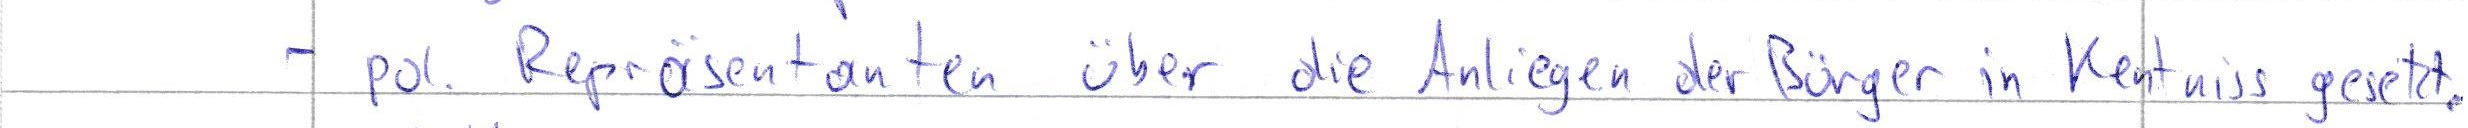
- pol. Repräsentanten über die Anliegen der Bürger in Kentniss gesetzt.